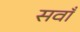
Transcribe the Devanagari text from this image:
सवाँ